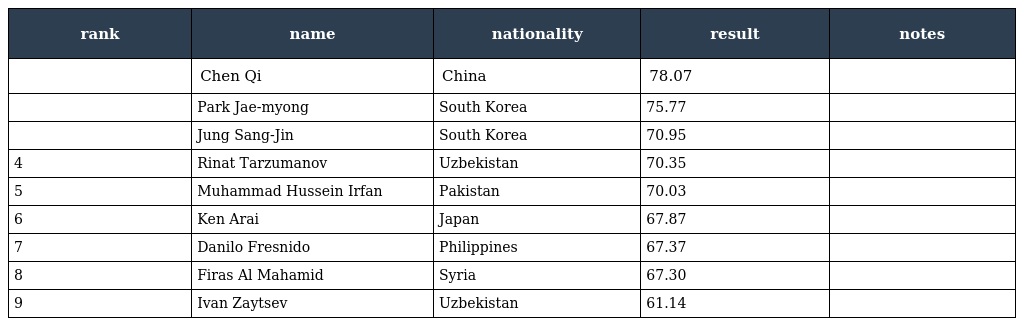
| rank | name | nationality | result | notes |
 | --- | --- | --- | --- | --- |
 |  | Chen Qi | China | 78.07 |  |
 |  | Park Jae-myong | South Korea | 75.77 |  |
 |  | Jung Sang-Jin | South Korea | 70.95 |  |
 | 4 | Rinat Tarzumanov | Uzbekistan | 70.35 |  |
 | 5 | Muhammad Hussein Irfan | Pakistan | 70.03 |  |
 | 6 | Ken Arai | Japan | 67.87 |  |
 | 7 | Danilo Fresnido | Philippines | 67.37 |  |
 | 8 | Firas Al Mahamid | Syria | 67.30 |  |
 | 9 | Ivan Zaytsev | Uzbekistan | 61.14 |  |